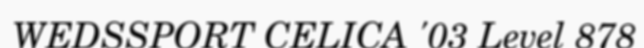
WEDSSPORT CELICA '03 Level 878